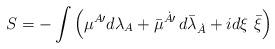
LaTeX: \begin{align*} S= - \int \left( {\mu}{}^{A\prime}d\lambda_{A} + \bar{\mu}{}^{\dot{A}\prime} \, d{\bar{\lambda}}_{\dot{A}} + i d{\xi} ~\bar{\xi} \right)\end{align*}